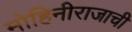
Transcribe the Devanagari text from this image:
मोहिनीराजाची